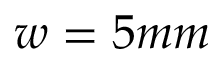
w = 5 m m